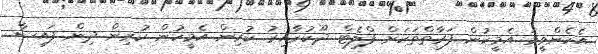
އެހެންވީމަ އެމީހުން ފަރާތްތަކަށް ފްލެޓް ދޫކުރާއިރު ކުރިން އެމީހުން ކުރިން ދިން ފައިސާ